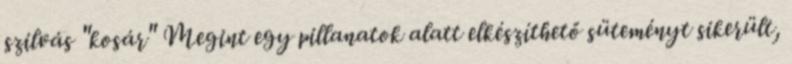
szilvás "kosár" Megint egy pillanatok alatt elkészíthető süteményt sikerült,